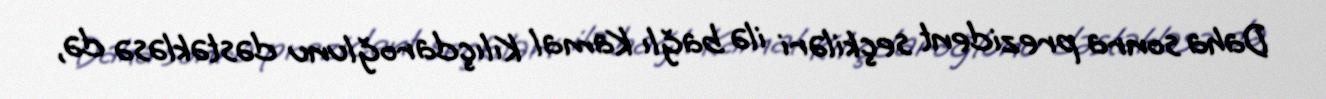
Daha sonra prezident seçkiləri ilə bağlı Kamal Kılıçdaroğlunu dəstəkləsə də,